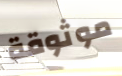
موثوقة